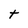
Character: t